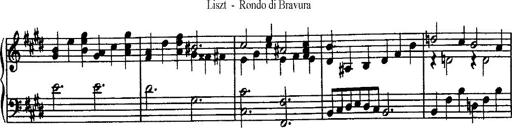
Title: Rondo di bravura
Composer: Franz Liszt